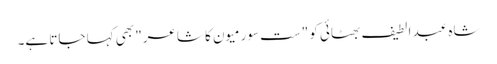
شاہ عبد الطیف بھٹائی کو "ست سورمیون کا شاعر" بھی کہا جاتا ہے۔